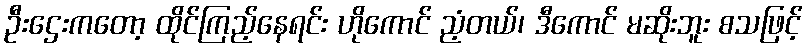
ဦးဌေးကတော့ ထိုင်ကြည့်နေရင်း ဟိုကောင် ညံ့တယ်၊ ဒီကောင် မဆိုးဘူး စသဖြင့်